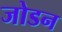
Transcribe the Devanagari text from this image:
जोडन